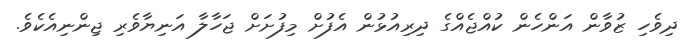
ދިވެހި ޒުވާން އަންހެން ކުއްޖެއްގެ ދިރިއުޅުން އެފުށް މިފުށަށް ޖަހާލާ އަނިޔާވެރި ޖިންނިއެކެވެ.